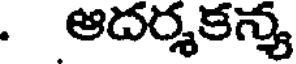
. ఆదర్శకన్య